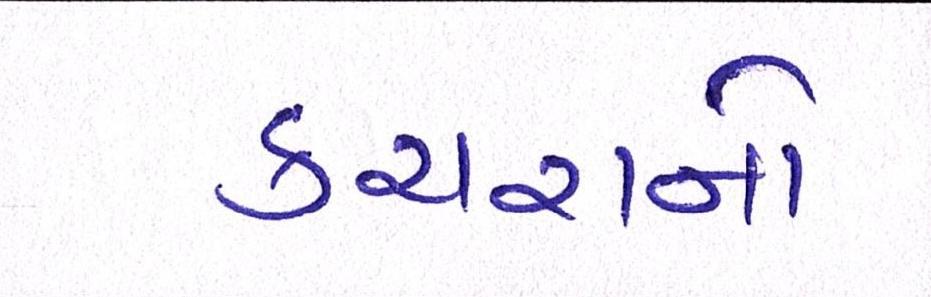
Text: કચરાનો